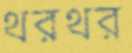
থরথর